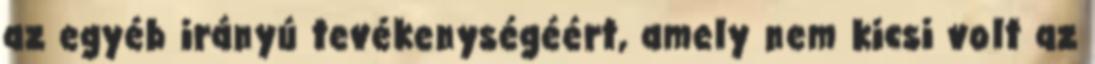
az egyéb irányú tevékenységéért, amely nem kicsi volt az